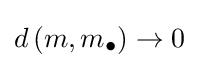
d\left(m,m_{\bullet }\right)\to 0